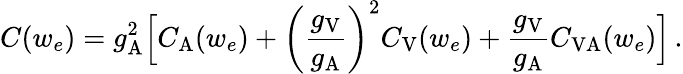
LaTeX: C(w_{e})=g_{\mathrm{A}}^{2}\Big[C_{\mathrm{A}}(w_{e})+\left(\frac{g_{\mathrm{V}}}{g_{\mathrm{A}}}\right)^{2}C_{\mathrm{V}}(w_{e})+\frac{g_{\mathrm{V}}}{g_{\mathrm{A}}}C_{\mathrm{VA}}(w_{e})\Big]\, .